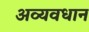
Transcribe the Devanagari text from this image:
अव्यवधान